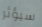
سيؤثر